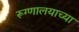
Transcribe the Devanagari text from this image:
रूग्णालयाच्या